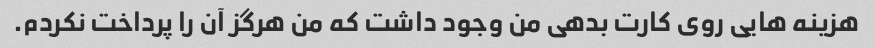
هزینه هایی روی کارت بدهی من وجود داشت که من هرگز آن را پرداخت نکردم.